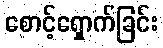
စောင့်ရှောက်ခြင်း